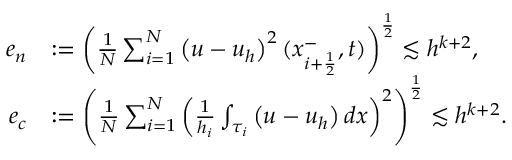
\begin{array} { r l } { e _ { n } } & { : = \left( \frac { 1 } { N } \sum _ { i = 1 } ^ { N } \left( u - u _ { h } \right) ^ { 2 } ( x _ { i + \frac { 1 } { 2 } } ^ { - } , t ) \right) ^ { \frac { 1 } { 2 } } \lesssim h ^ { k + 2 } , } \\ { e _ { c } } & { : = \left( \frac { 1 } { N } \sum _ { i = 1 } ^ { N } \left( \frac { 1 } { h _ { i } } \int _ { \tau _ { i } } \left( u - u _ { h } \right) d x \right) ^ { 2 } \right) ^ { \frac { 1 } { 2 } } \lesssim h ^ { k + 2 } . } \end{array}